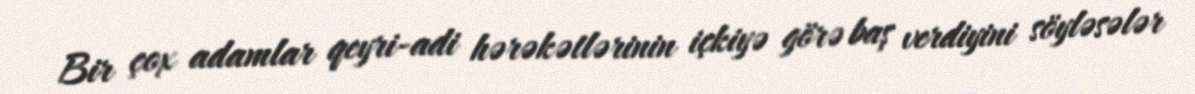
Bir çox adamlar qeyri-adi hərəkətlərinin içkiyə görə baş verdiyini söyləsələr